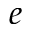
e